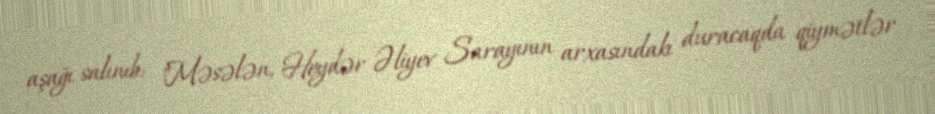
aşağı salınıb: "Məsələn, Heydər Əliyev Sarayının arxasındakı duracaqda qiymətlər